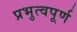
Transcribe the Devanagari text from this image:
प्रभुत्वपूर्ण